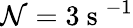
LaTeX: \mathcal{N}=3\mathrm{{~s~}}^{-1}